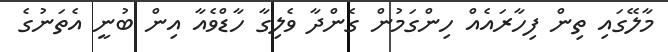
މާލޭގައި ތިން ފިހާރައެއް ހިންގަމުން ގެންދާ ވެލިގާ ހާޑްވެއާ އިން ބުނީ އެތަނުގެ